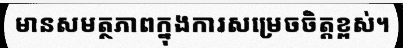
មានសមត្ថភាពក្នុងការសម្រេចចិត្តខ្ពស់។